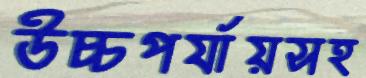
উচ্চপর্যায়সহ